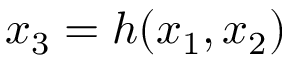
x _ { 3 } = h ( x _ { 1 } , x _ { 2 } )